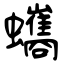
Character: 蠵